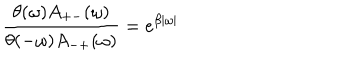
\frac { \theta ( \omega ) A _ { + - } ( \omega ) } { \theta ( - \omega ) A _ { - + } ( \omega ) } = e ^ { \beta | \omega | }